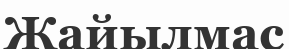
Жайылмас